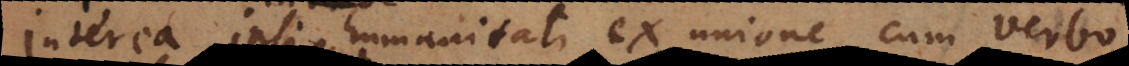
Interea ipsi humanitati ex unione cum verbo